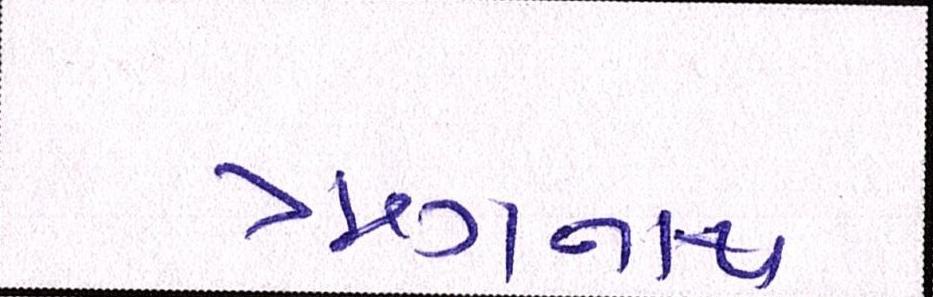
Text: ઋગનાથ